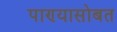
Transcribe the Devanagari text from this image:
पाण्‍यासोबत